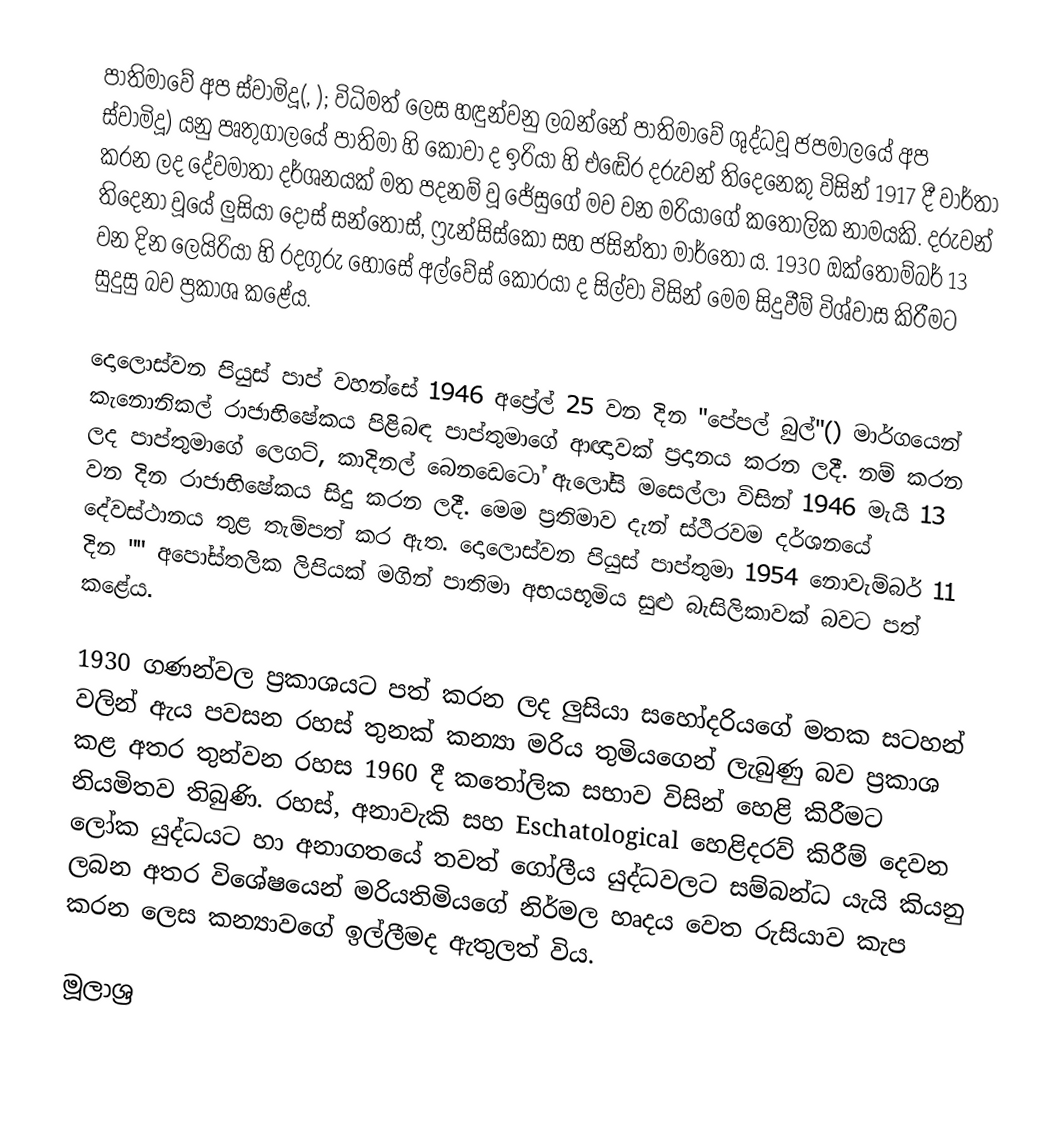
පාතිමාවේ අප ස්වාමිදූ(, ); විධිමත් ලෙස හඳුන්වනු ලබන්නේ පාතිමාවේ ශුද්ධවූ ජපමාලයේ අප ස්වාමිදූ) යනු පෘතුගාලයේ පාතිමා හි කෝවා ද ඉරියා හි එඬේර දරුවන් තිදෙනෙකු විසින් 1917 දී වාර්තා කරන ලද දේවමාතා දර්ශනයක්  මත පදනම් වූ ජේසුගේ මව වන මරියාගේ කතෝලික නාමයකි. දරුවන් තිදෙනා වූයේ ලුසියා දොස් සන්තොස්, ෆ්‍රැන්සිස්කෝ සහ ජසින්තා මාර්තෝ ය. 1930 ඔක්තෝම්බර් 13 වන දින ලෙයිරියා හි රදගුරු හොසේ අල්වේස් කොරයා ද සිල්වා විසින් මෙම සිදුවීම් විශ්වාස කිරීමට සුදුසු බව ප්‍රකාශ කළේය.

දොලොස්වන පියුස් පාප් වහන්සේ 1946 අප්‍රේල් 25 වන දින "පේපල් බුල්"() මාර්ගයෙන් කැනොනිකල් රාජාභිෂේකය පිළිබඳ පාප්තුමාගේ ආඥාවක් ප්‍රදානය කරන ලදී. නම් කරන ලද පාප්තුමාගේ ලෙගට්, කාදිනල් බෙනඩෙටෝ ඇලෝසි මසෙල්ලා විසින් 1946 මැයි 13 වන දින රාජාභිෂේකය සිදු කරන ලදී. මෙම ප්‍රතිමාව දැන් ස්ථිරවම දර්ශනයේ දේවස්ථානය තුළ තැම්පත් කර ඇත. දොලොස්වන පියුස් පාප්තුමා 1954 නොවැම්බර් 11 දින "" අපෝස්තලික ලිපියක් මගින් පාතිමා අභයභූමිය සුළු බැසිලිකාවක් බවට පත් කළේය.

1930 ගණන්වල ප්‍රකාශයට පත් කරන ලද ලුසියා සහෝදරියගේ මතක සටහන් වලින් ඇය පවසන රහස් තුනක් කන්‍යා මරිය තුමියගෙන් ලැබුණු බව ප්‍රකාශ කළ අතර තුන්වන රහස 1960 දී කතෝලික සභාව විසින් හෙළි කිරීමට නියමිතව තිබුණි. රහස්, අනාවැකි සහ Eschatological හෙළිදරව් කිරීම් දෙවන ලෝක යුද්ධයට හා අනාගතයේ තවත් ගෝලීය යුද්ධවලට සම්බන්ධ යැයි කියනු ලබන අතර විශේෂයෙන් මරියතිමියගේ නිර්මල හෘදය වෙත රුසියාව කැප කරන ලෙස කන්‍යාවගේ ඉල්ලීමද ඇතුලත් විය.

මූලාශ්‍ර